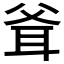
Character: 𰭶